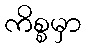
ကိစ္စမှာ